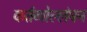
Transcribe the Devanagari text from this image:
कर्तव्योल्लंघन